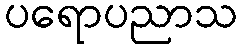
ပရောပညာသ